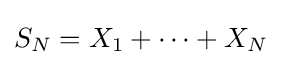
S_{N}=X_{1}+\cdots +X_{N}